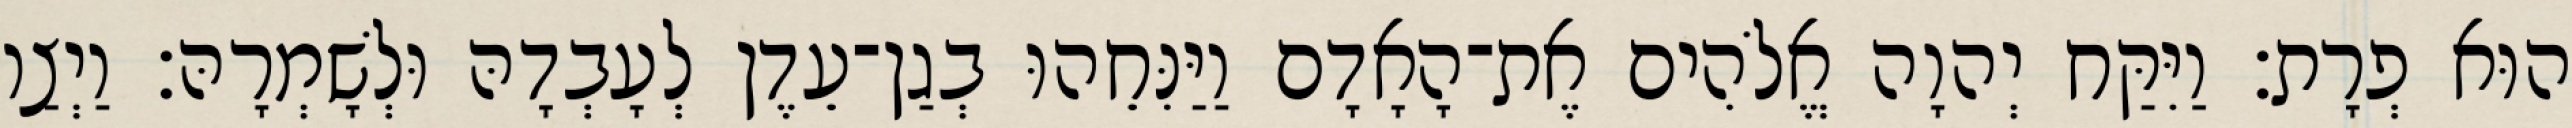
הוּא פְרָת׃ וַיִּקַּח יְהוָה אֱלֹהִים אֶת־הָאָדָם וַיַּנִּחֵהוּ בְגַן־עֵדֶן לְעָבְדָהּ וּלְשָׁמְרָהּ׃ וַיְצַו